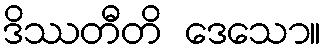
ဒိဿတီတိ ဒေသော။